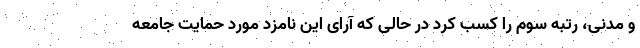
و مدنی، رتبه سوم را کسب کرد در حالی که آرای این نامزد مورد حمایت جامعه